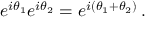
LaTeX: e ^ { i \theta _ { 1 } } e ^ { i \theta _ { 2 } } = e ^ { i ( \theta _ { 1 } + \theta _ { 2 } ) } \, .